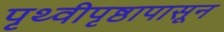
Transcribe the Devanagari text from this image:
पृथ्वीपृष्ठापासून